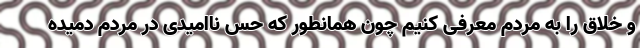
و خلاق را به مردم معرفی کنیم چون همانطور که حس ناامیدی در مردم دمیده